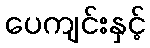
ပေကျင်းနှင့်